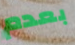
بعدم